Scottish Leaving Certificate Examination, 1958
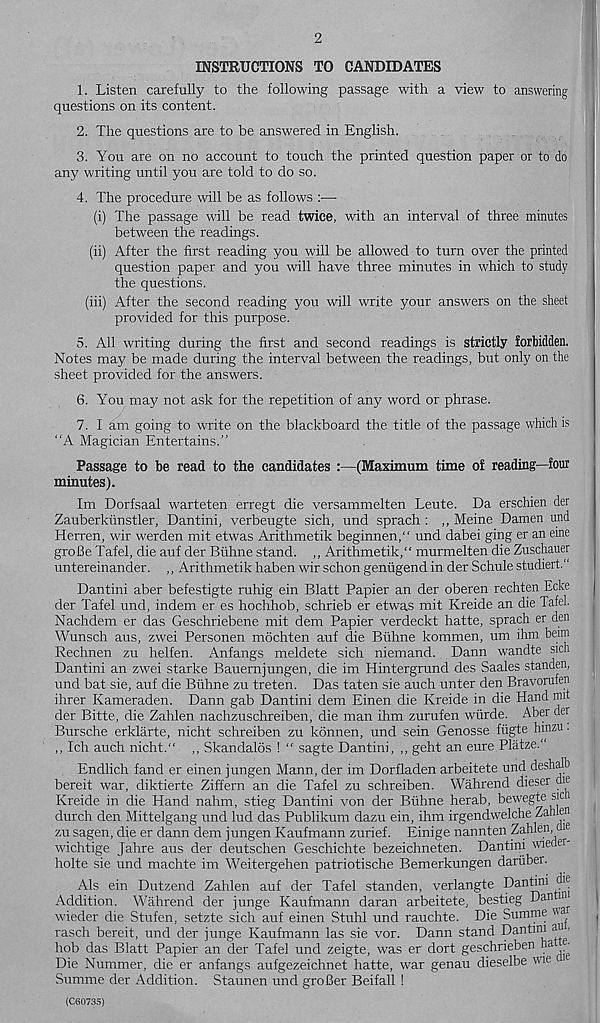
2
INSTRUCTIONS TO CANDIDATES
1. Listen carefully to the following passage with a view to answering
questions on its content.
2. The questions are to be answered in English.
3. You are on no account to touch the printed question paper or to do
any writing until you are told to do so.
4. The procedure will be as follows :—
(i) The passage will be read twice, with an interval of three minutes
between the readings.
(ii) After the first reading you will be allowed to turn over the printed
question paper and you will have three minutes in which to study
the questions.
(iii) After the second reading you will write your answers on the sheet
provided for this purpose.
5. All writing during the first and second readings is strictly forbidden.
Notes may be made during the interval between the readings, but only on the
sheet provided for the answers.
6. You may not ask for the repetition of any word or phrase.
7. I am going to write on the blackboard the title of the passage which is
“A Magician Entertains.”
Passage to be read to the candidates :—(Maximum time of reading—four
minutes).
Im Dorfsaal warteten erregt die versammelten Leute. Da erschien der
Zauberkunstler, Dantini, verbeugte sich, und sprach : ,, Meine Damen und
Herren, wir werden mit etwas Arithmetik beginnen," und dabei ging er an erne
groBe Tafel, die auf der Btihne stand. ,, Arithmetik/' murmelten die Zuschauer
untereinander. ,, Arithmetik haben wir schon genugend in der Schule studied.' 1
Dantini aber befestigte ruhig ein Blatt Papier an der oberen rechten Ecke
der Tafel und, indem er es hochhob, schrieb er etwas mit Kreide an die Tafel.
Nachdem er das Geschriebene mit dem Papier verdeckt hatte, sprach er den
Wunsch aus, zwei Personen mochten auf die Buhne kommen, um ihm beim
Rechnen zu helfen. Anfangs meldete sich niemand. Dann wandte sich
Dantini an zwei starke Bauernjungen, die im Hintergrund des Saales standen,
und bat sie, auf die Biihne zu treten. Das taten sie auch unter den Bravorufen
ihrer Kameraden. Dann gab Dantini dem Einen die Kreide in die Hand mit
der Bitte, die Zahlen nachzuschreiben, die man ihm zurufen wurde. Aber der
Bursche erklarte, nicht schreiben zu konnen, und sein Genosse fiigte hinzu.
,, Ich auch nicht." ,, Skandalos ! “ sagte Dantini, ,, geht an eure Platze."
Endlich fand er einen jungen Mann, der im Dorfladen arbeitete und deshalb
bereit war, diktierte Ziffern an die Tafel zu schreiben. Wahrend dieser die
Kreide in die Hand nahm, stieg Dantini von der Biihne herab, bewegte sic
durch den Mittelgang und lud das Publikum dazu ein, ihm irgendwelche Zah en
zu sagen, die er dann dem jungen Kaufmann zurief. Einige nannten Zahlen, cie
wichtige Jahre aus der deutschen Geschichte bezeichneten. Dantini wieder
holte sie und machte im Weitergehen patriotische Bemerkungen dariiber.
Als ein Dutzend Zahlen auf der Tafel standen, verlangte Dantini die
Addition. Wahrend der junge Kaufmann daran arbeitete, bestieg Dan in
wieder die Stufen, setzte sich auf einen Stuhl und rauchte. Die Sumrne "' a _
rasch bereit, und der junge Kaufmann las sie vor. Dann stand Dantini an ■
hob das Blatt Papier an der Tafel und zeigte, was er dort geschrieben ha ^
Die Nummer, die er anfangs aufgezeichnet hatte, war genau dieselbe vie
Summe der Addition. Staunen und groBer Beifall !
(C60735)